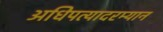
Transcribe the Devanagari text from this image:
अधिपत्यादरम्यान